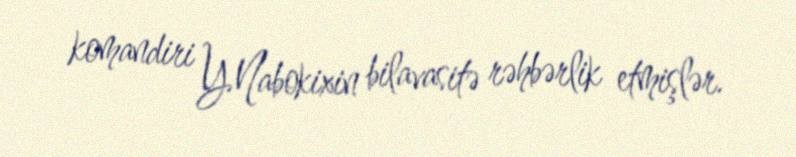
komandiri Y.Nabokixin bilavasitə rəhbərlik etmişlər.